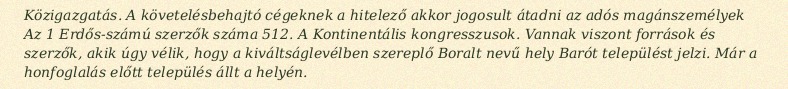
Közigazgatás. A követelésbehajtó cégeknek a hitelező akkor jogosult átadni az adós magánszemélyek Az 1 Erdős-számú szerzők száma 512. A Kontinentális kongresszusok. Vannak viszont források és szerzők, akik úgy vélik, hogy a kiváltságlevélben szereplő Boralt nevű hely Barót települést jelzi. Már a honfoglalás előtt település állt a helyén.